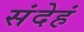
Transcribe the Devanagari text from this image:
संदेहं